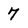
Character: 7